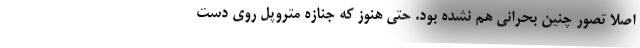
اصلا تصور چنین بحرانی هم نشده بود. حتی هنوز که جنازه متروپل روی دست